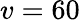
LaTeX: v=60